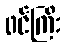
ဖင်ကြီး